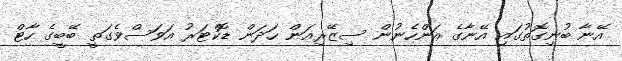
އޭނާ ބުނިގޮތުގައި އޭނާގެ އަންހެނުން ސިޒޭރިއަން ހަދަން ޑޮކްޓަރު އަވަސްވެގަތީ ބޭބީގެ ހާޓް